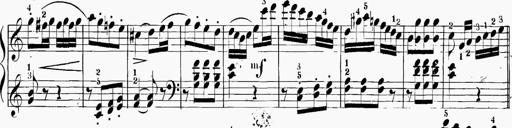
Title: 6 Sonatinas
Composer: Carl Reinecke